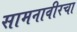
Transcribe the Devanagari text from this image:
सामनावीरचा